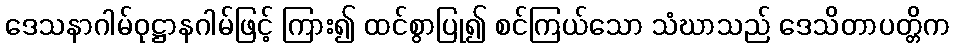
ဒေသနာဂါမ်ဝုဋ္ဌာနဂါမ်ဖြင့် ကြား၍ ထင်စွာပြု၍ စင်ကြယ်သော သံဃာသည် ဒေသိတာပတ္တိက